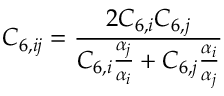
C _ { 6 , i j } = \frac { 2 C _ { 6 , i } C _ { 6 , j } } { C _ { 6 , i } \frac { \alpha _ { j } } { \alpha _ { i } } + { C _ { 6 , j } \frac { \alpha _ { i } } { \alpha _ { j } } } }